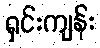
ရှင်းကျန်း